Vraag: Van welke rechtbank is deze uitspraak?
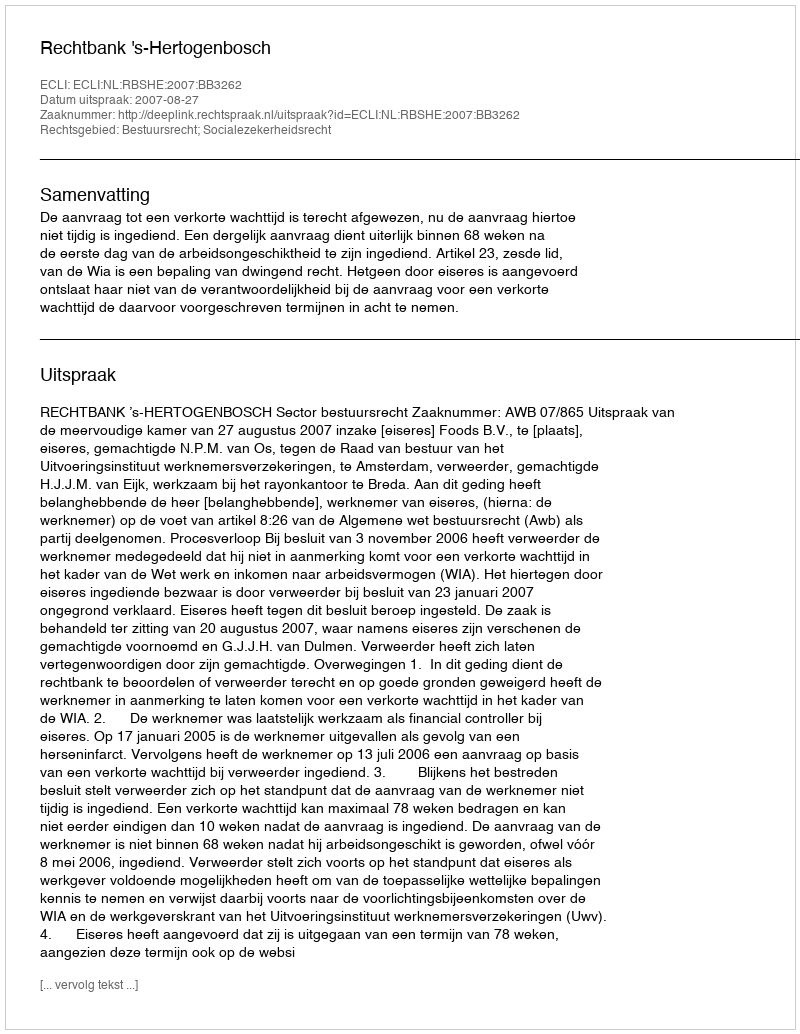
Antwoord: Rechtbank 's-Hertogenbosch